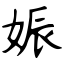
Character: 娠